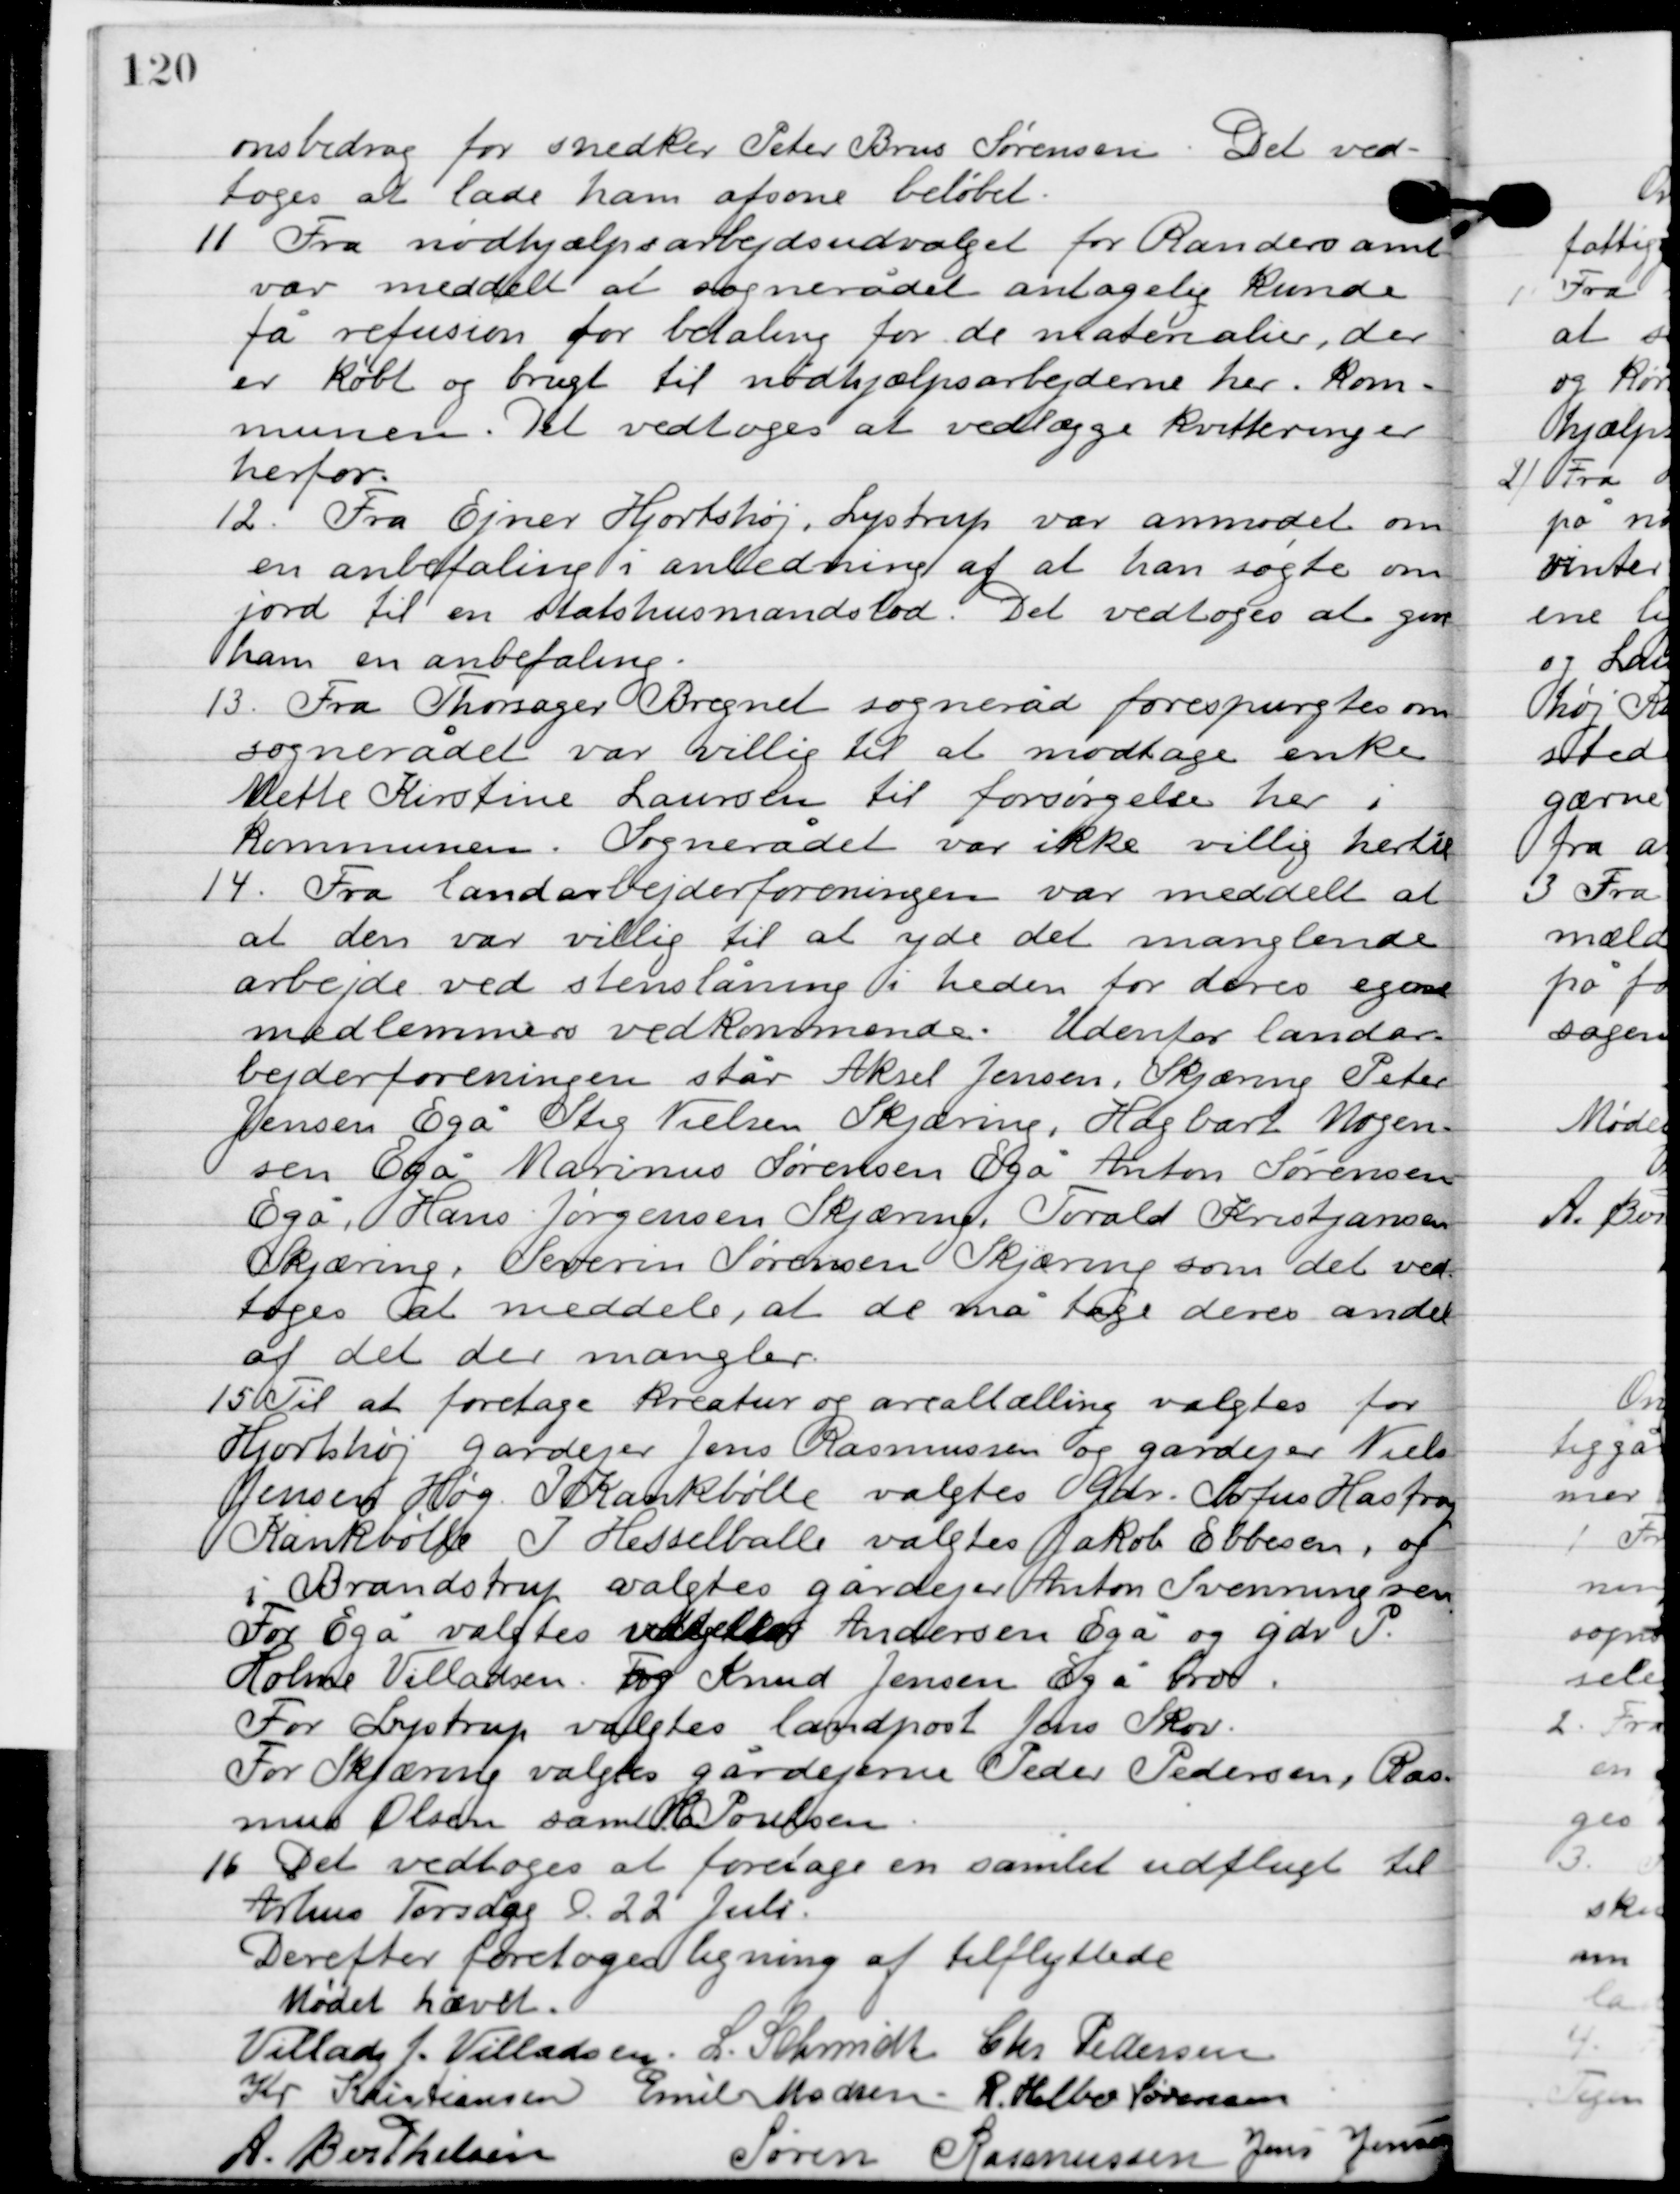
Transskription:
onsbidrag for snedker Peter Brus Sørensen. Det ved-
toges at lad ham afsone beløbet.

11

Fra nødhjælpsarbejderudvalget for Randers amt
var meddelt at sognerådet antagelig kunde
få refusion for betaling for de materialer, der
er købt og brugt til nødhjælpsarbejderne her i Kom-
munen. Det vedtoges at vedlægge kvitteringer
herfor.

12

Fra Ejner Hjortshøj, Lystrup var anmodet om
en anbefaling i anledning af at han søgte om
jord til en statshusmandslod. Det vedtoges at give
ham en anbefaling.

13

Fra Thorsager Bregnet sogneråd forespurgtes om
sognerådet var villig til at modtage enke
Mette Kirstine Laursen til forsørgelse her i
kommunen Sognerådet var ikke villig hertil.

14

Fra landarbejder foreningen var meddelt at, at
den var villig til at yde det manglende
arbejde ved stenslåning i heden for deres eget
medlemmers vedkommende. Udenfor landar-
bejderforeningen står Aksel Jensen, Skjæring, Peter
Jensen Egå, Stig Nielsen Skjæring, Hagbart Mogen-
sen Egå. Marinus Sørensen, Egå Anton Sørensen
Egå, Hans Jørgensen Skjæring, Torvald Kristjansen
Skæring, Severin Sørgensen Skjæring, som det ved-
toges at meddele, at de må tage deres andel
af det der mangler.

15

Til at foretage kreatur og arealtælling valgtes for 
Hjortshøj gårdejer Jens Rasmussen og gårdejer Niels 
Jensen Høg. I Krankbølle valgtes gdr. Sofus Hastrup 
Krankbølle. I Hesselballe valgtes Jakob Ebbesen, og
 i Brandstrup valgtes gårdejer Anton Svenningsen. 
For Egå valgtes  Andersen Egå og gdr. P. 
Holme Villadsen. Og Knud Jensen Egå  bro.
For Lystrup valgtes landpost Jens Skov. 
For Skjæring valgtes gårdejerne Peder Pedersen, Ras-
mus Olsen samt C. Poulsen.

16

Det vedtoges at foretage en samlet udflugt til
Århus Torsdag D. 22. juli.
Derefter foretoges ligning af tilflyttede

Mødet hævet.

Villads J. Villadsen
I. Schmidt
Chr. Pedersen
Kr. Kristiansen
Emil Madsen
R. Helbo Sørensen
A. Berthelsen
Søren Rasmussen
Jens Jensen